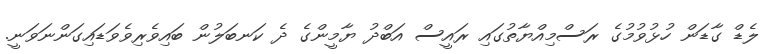
ލެޑް ގާޑަން ހުޅުވުމުގެ ރަސްމިއްޔާތުގައި ރައީސް އަބްދު ޔާމީންގެ ދެ ކަނބަލުން ބައިވެރިވެވަޑައިގަންނަވަނީ.